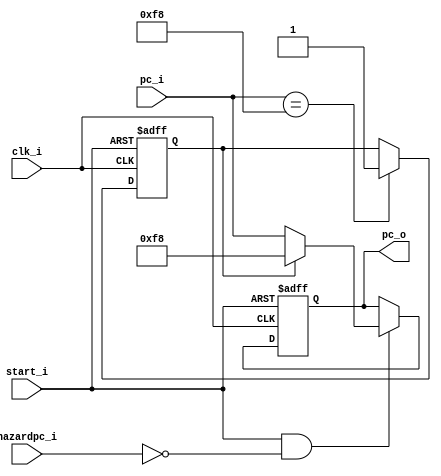
////  https://github.com/Abdelazeem201                            ////
////                                                              ////
////  Description                                                 ////
////  Designed RTL of RISC-V system in Verilog                    ////
////                                                              ////
////                                                              ////
////  Author(s):                                                  ////
////      - Ahmed Abdelazeen, ahmed-abdelazeem@outlook.com        ////
////                                                              ////
//////////////////////////////////////////////////////////////////////

module PC
 (
    input  wire             clk_i,
	input  wire             start_i, hazardpc_i,
	input  wire [31:0]      pc_i,
	output reg  [31:0]      pc_o
 );
// Wires & Registers
reg     flag,flag_next;

always@(*)begin
    if(pc_i == 32'd248)flag_next = 1;
    else flag_next = flag;
end

always@(posedge clk_i or negedge start_i) begin
    if(~start_i) begin
        pc_o <= 32'b0;
        flag <= 0;
    end
    else begin
        flag <= flag_next;
        if(start_i & (!hazardpc_i))
            pc_o <= (flag)? 32'd248 : pc_i ;
        else
            pc_o <= pc_o;
    end
end

endmodule